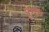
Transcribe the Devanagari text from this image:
पूण्तः